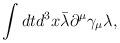
LaTeX: \begin{align*}\int dt d^3x \bar{\lambda} \partial^\mu \gamma_\mu \lambda,\end{align*}